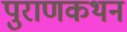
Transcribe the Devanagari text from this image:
पुराणकथन